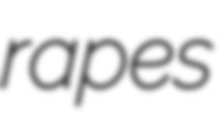
rapes